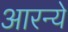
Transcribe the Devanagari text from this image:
आरन्ये